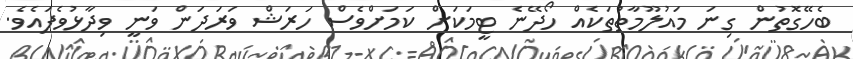
ބެހޭގޮތުން ގިނަ މައުލޫމާތުތަކެއް ހޯދޭނެ ޓީމަކަށް ކަމަށްވެސް ހަރަޝް ވަރަދަން ވަނީ ވިދާޅުވެފައެވެ.